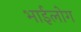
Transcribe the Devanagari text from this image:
भाईलोग